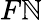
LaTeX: F\mathbb{N}